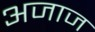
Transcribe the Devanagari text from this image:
अजाज